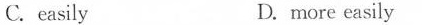
C. easily D. more easily